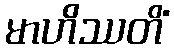
မာဟိဿတိံ